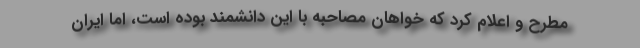
مطرح و اعلام کرد که خواهان مصاحبه با این دانشمند بوده است، اما ایران